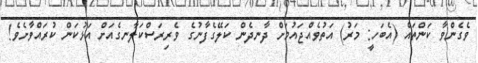
ވެގެންވާ ކަންތައް (އެބަހީ: މަރު) އަތުވެއްޖައުމަށް ދާނދެން ކަލޭގެފާނުގެ ވެރިރަސްކަލާނގެއަށް އަޅުކަން ކުރައްވާށެވެ!